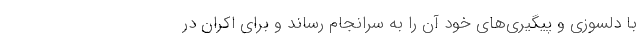
با دلسوزی و پیگیری‌های خود آن را به سرانجام رساند و برای اکران در